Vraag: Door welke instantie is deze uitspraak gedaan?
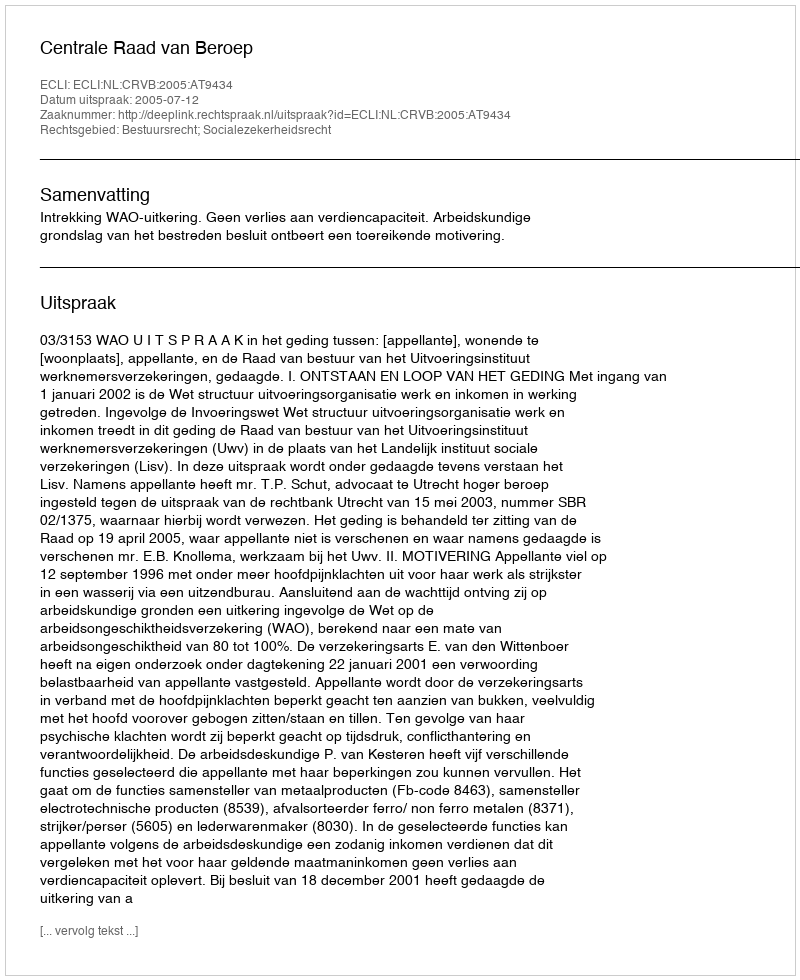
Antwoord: Centrale Raad van Beroep